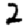
Digit: 2